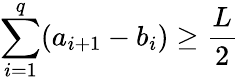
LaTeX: \sum_{i=1}^{q}(a_{i+1}-b_{i})\geq\frac{L}{2}